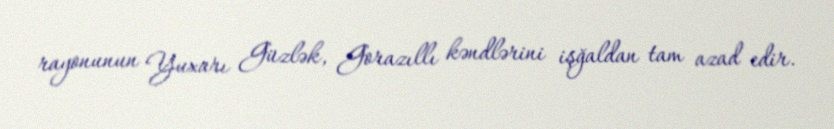
rayonunun Yuxarı Güzlək, Gorazıllı kəndlərini işğaldan tam azad edir.